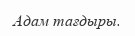
Адам тағдыры.